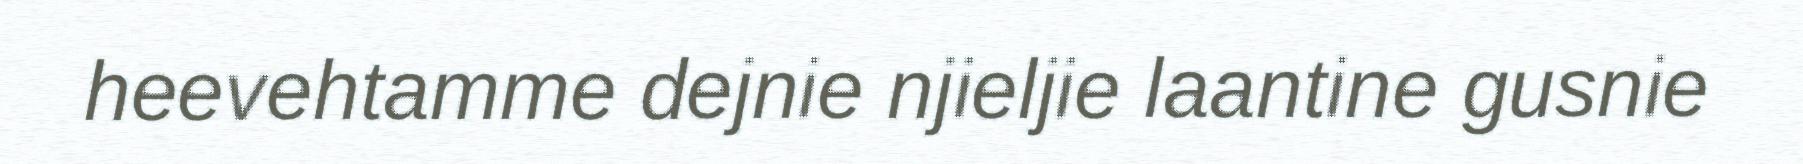
heevehtamme dejnie njieljie laantine gusnie